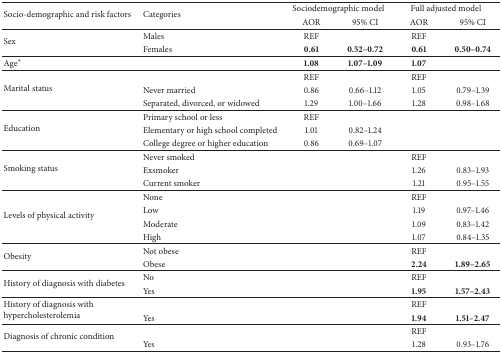
<table><thead><tr><td rowspan="2"><b>Socio-demographic and risk factors</b></td><td rowspan="2"><b>Categories</b></td><td colspan="2"><b>Sociodemographic model</b></td><td colspan="2"><b>Full adjusted model</b></td></tr><tr><td><b>AOR</b></td><td><b>95% CI</b></td><td><b>AOR</b></td><td><b>95% CI</b></td></tr></thead><tbody><tr><td rowspan="2">Sex</td><td>Males</td><td>REF</td><td>[EMPTY_CELL]</td><td>REF</td><td>[EMPTY_CELL]</td></tr><tr><td>Females</td><td><b>0.61</b></td><td><b>0.52–0.72</b></td><td><b>0.61</b></td><td><b>0.50–0.74</b></td></tr><tr><td>Age∗</td><td>[EMPTY_CELL]</td><td><b>1.08</b></td><td><b>1.07–1.09</b></td><td><b>1.07</b></td><td>[EMPTY_CELL]</td></tr><tr><td rowspan="3">Marital status</td><td>[EMPTY_CELL]</td><td>REF</td><td>[EMPTY_CELL]</td><td>REF</td><td>[EMPTY_CELL]</td></tr><tr><td>Never married</td><td>0.86</td><td>0.66–1.12</td><td>1.05</td><td>0.79–1.39</td></tr><tr><td>Separated, divorced, or widowed</td><td>1.29</td><td>1.00–1.66</td><td>1.28</td><td>0.98–1.68</td></tr><tr><td rowspan="3">Education </td><td>Primary school or less</td><td>REF</td><td>[EMPTY_CELL]</td><td>[EMPTY_CELL]</td><td>[EMPTY_CELL]</td></tr><tr><td>Elementary or high school completed</td><td>1.01</td><td>0.82–1.24</td><td>[EMPTY_CELL]</td><td>[EMPTY_CELL]</td></tr><tr><td>College degree or higher education</td><td>0.86</td><td>0.69–1.07</td><td>[EMPTY_CELL]</td><td>[EMPTY_CELL]</td></tr><tr><td rowspan="3">Smoking status</td><td>Never smoked</td><td>[EMPTY_CELL]</td><td>[EMPTY_CELL]</td><td>REF</td><td>[EMPTY_CELL]</td></tr><tr><td>Exsmoker</td><td>[EMPTY_CELL]</td><td>[EMPTY_CELL]</td><td>1.26</td><td>0.83–1.93</td></tr><tr><td>Current smoker</td><td>[EMPTY_CELL]</td><td>[EMPTY_CELL]</td><td>1.21</td><td>0.95–1.55</td></tr><tr><td rowspan="4">Levels of physical activity</td><td>None</td><td>[EMPTY_CELL]</td><td>[EMPTY_CELL]</td><td>REF</td><td>[EMPTY_CELL]</td></tr><tr><td>Low</td><td>[EMPTY_CELL]</td><td>[EMPTY_CELL]</td><td>1.19</td><td>0.97–1.46</td></tr><tr><td>Moderate </td><td>[EMPTY_CELL]</td><td>[EMPTY_CELL]</td><td>1.09</td><td>0.83–1.42</td></tr><tr><td>High </td><td>[EMPTY_CELL]</td><td>[EMPTY_CELL]</td><td>1.07</td><td>0.84–1.35</td></tr><tr><td rowspan="2">Obesity</td><td>Not obese</td><td>[EMPTY_CELL]</td><td>[EMPTY_CELL]</td><td>REF</td><td>[EMPTY_CELL]</td></tr><tr><td>Obese</td><td>[EMPTY_CELL]</td><td>[EMPTY_CELL]</td><td><b>2.24</b></td><td><b>1.89–2.65</b></td></tr><tr><td rowspan="2">History of diagnosis with diabetes</td><td>No </td><td>[EMPTY_CELL]</td><td>[EMPTY_CELL]</td><td>REF</td><td>[EMPTY_CELL]</td></tr><tr><td>Yes </td><td>[EMPTY_CELL]</td><td>[EMPTY_CELL]</td><td><b>1.95</b></td><td><b>1.57–2.43</b></td></tr><tr><td rowspan="2">History of diagnosis with hypercholesterolemia</td><td>[EMPTY_CELL]</td><td>[EMPTY_CELL]</td><td>[EMPTY_CELL]</td><td>REF</td><td>[EMPTY_CELL]</td></tr><tr><td>Yes </td><td>[EMPTY_CELL]</td><td>[EMPTY_CELL]</td><td><b>1.94</b></td><td><b>1.51–2.47</b></td></tr><tr><td rowspan="2">Diagnosis of chronic condition</td><td>[EMPTY_CELL]</td><td>[EMPTY_CELL]</td><td>[EMPTY_CELL]</td><td>REF</td><td>[EMPTY_CELL]</td></tr><tr><td>Yes </td><td>[EMPTY_CELL]</td><td>[EMPTY_CELL]</td><td>1.28</td><td>0.93–1.76</td></tr></tbody></table>